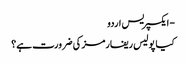
- ایکسپریس اردو
کیا پولیس ریفارمز کی ضرورت ہے؟